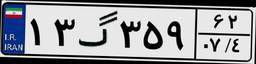
۷۱گ۵۵۶۰۰